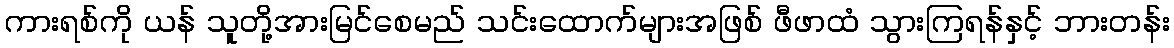
ကားရစ်ကို ယန် သူတို့အားမြင်စေမည် သင်းထောက်များအဖြစ် ဖီဖာထံ သွားကြရန်နှင့် ဘားတန်း